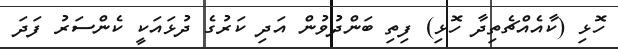
ހޮޅި (ކާއެއްޗެތިދާ ހޮޅި) ފިތި ބަންދުވުން އަދި ކަރުގެ ދުޅައަކީ ކެންސަރު ފަދަ